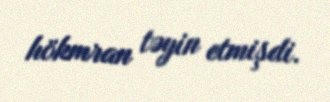
hökmran təyin etmişdi.